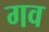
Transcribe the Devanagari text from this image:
गव